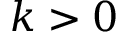
k > 0